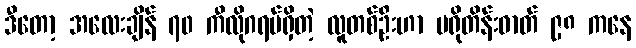
ဒီတော့ အလေးချိန် ၇၀ ကီလိုဂရမ်ရှိတဲ့ လူတစ်ဦးဟာ ပရိုတိန်းဓာတ် ၉၈ ကနေ